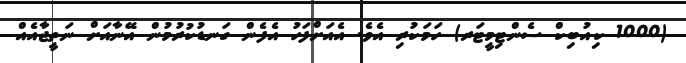
(1000 ކިއުބިކް ސެންޓިމީޓަރ) ހަމަކުރި އެވެ. އެއަށްފަހު އެފެން ގަނޑުކުރުމުން އޭނާއަށް ނަތީޖާއެއް